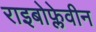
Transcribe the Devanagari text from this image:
राइबोफ्लेवीन